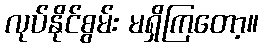
လုပ်နိုင်စွမ်း မရှိကြတော့။